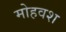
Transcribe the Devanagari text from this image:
मोहवश